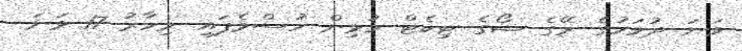
ވަނަ ދުވަހުގެ ރޭގެ ޝޯގެ ޓިކެޓް މުޅިން ހުސްވެފައި. މިހާރު 17 ވަނަ